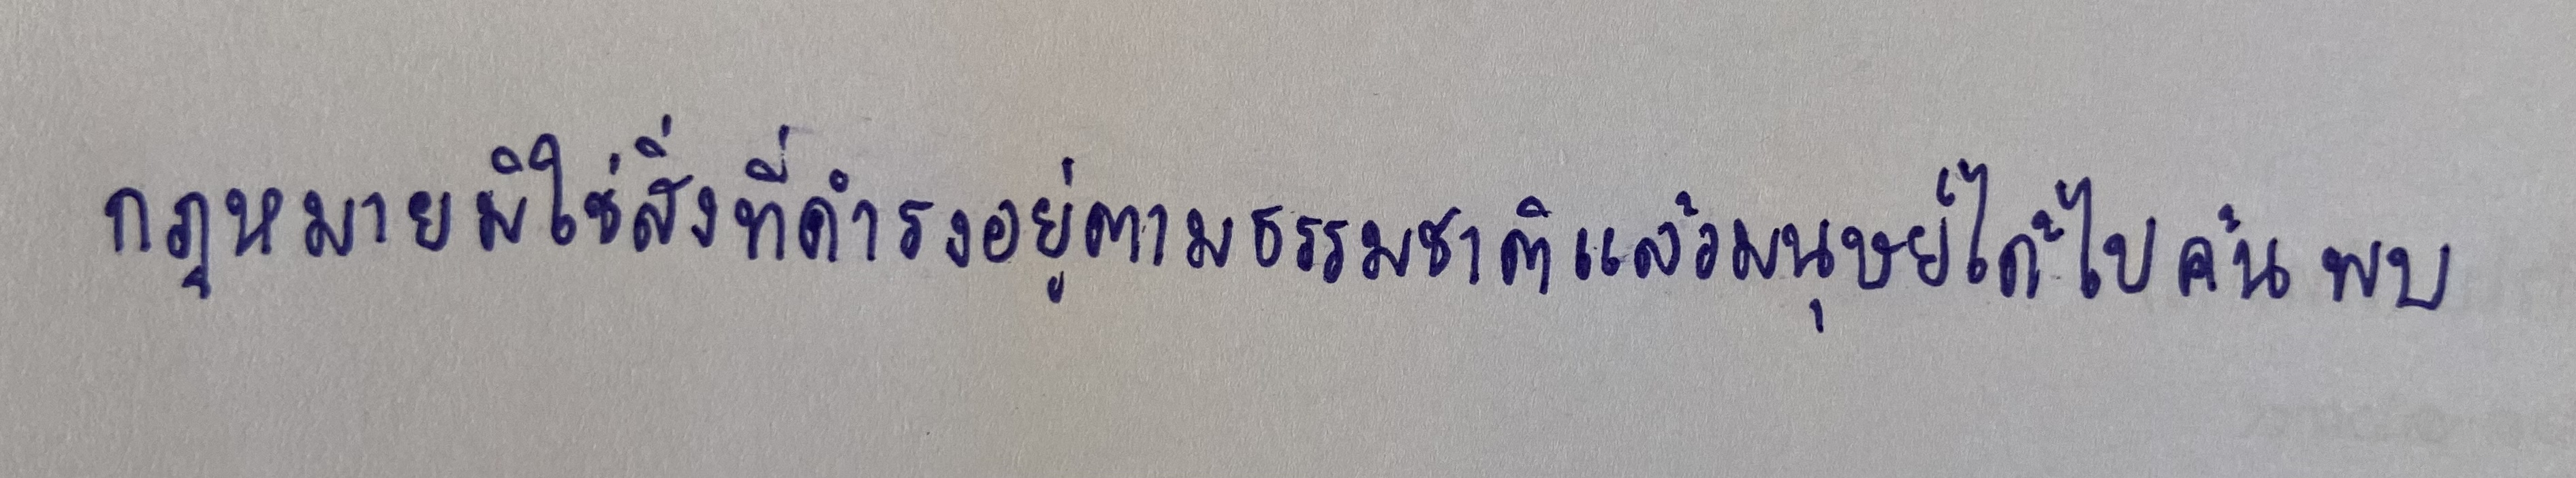
กฎหมายมิใช่สิ่งที่ดำรงอยู่ตามธรรมชาติแล้วมนุษย์ได้ไปค้นพบ